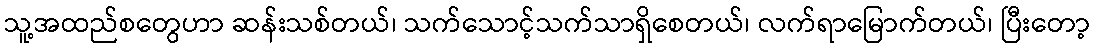
သူ့အထည်စတွေဟာ ဆန်းသစ်တယ်၊ သက်သောင့်သက်သာရှိစေတယ်၊ လက်ရာမြောက်တယ်၊ ပြီးတော့